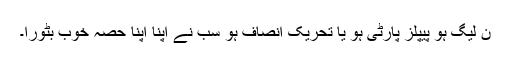
ن لیگ ہو پیپلز پارٹی ہو یا تحریک انصاف ہو سب نے اپنا اپنا حصہ خوب بٹورا۔